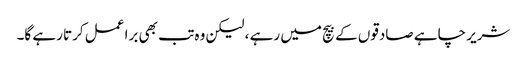
شریر چاہے صادقوں کے بیچ میں رہے ، لیکن وہ تب بھی برا عمل کرتا رہے گا۔